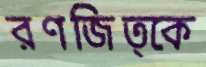
রণজিত্কে